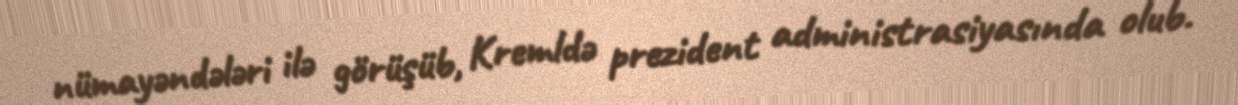
nümayəndələri ilə görüşüb, Kremldə prezident administrasiyasında olub.